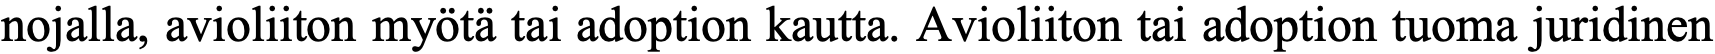
nojalla, avioliiton myötä tai adoption kautta. Avioliiton tai adoption tuoma juridinen